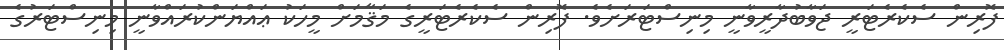
ފޮރިން ސެކެރެޓަރީ ޖަވާބުދާރީވާނީ މިނިސްޓަރަށެވެ. ފޮރިން ސެކެރެޓަރީގެ މަޤާމަށް މީހަކު ޢައްޔަންކުރައްވާނީ މިނިސްޓަރުގެ